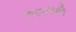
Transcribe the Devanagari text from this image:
चारतंत्री